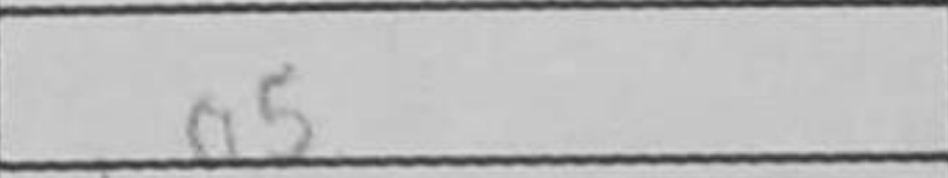
Transcription: a5